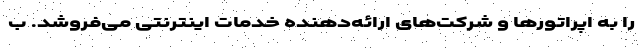
را به اپراتورها و شرکت‌های ارائه‌دهنده خدمات اینترنتی می‌فروشد. ب